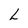
Character: L